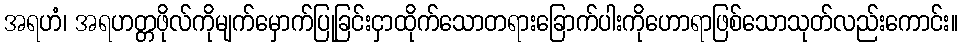
အရဟံ၊ အရဟတ္တဖိုလ်ကိုမျက်မှောက်ပြုခြင်းငှာထိုက်သောတရားခြောက်ပါးကိုဟောရာဖြစ်သောသုတ်လည်းကောင်း။